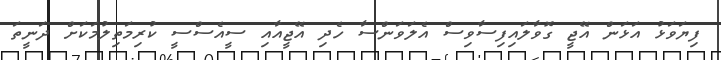
ފިޔަވަޅު އަޅަން އޭޖީ ގޮވާލައިފިސާވިސް އެލަވަންސާ ހެދި އޭޖީއާއި ސީއެސްސީ ކުރިމަތިލުމަކަށް ދަނީތަ